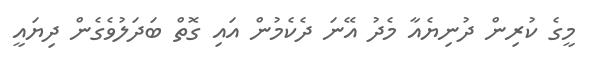
މީގެ ކުރިން ދުނިޔެއާ މެދު އޭނަ ދެކެމުން އައި ގޮތް ބަދަލުވެގެން ދިޔައީ